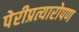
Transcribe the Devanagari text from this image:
पेरीप्रत्यारोपण